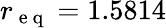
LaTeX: r_{\mathrm{~e~q~}}=1.5814